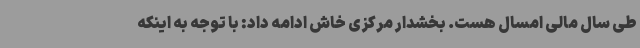
طی سال مالی امسال هست. بخشدار مرکزی خاش ادامه داد: با توجه به اینکه